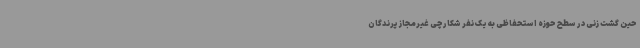
حین گشت زنی در سطح حوزه استحفاظی به یک نفر شکارچی غیرمجاز پرندگان